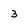
Character: 3